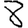
Digit: 8